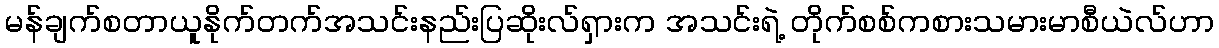
မန်ချက်စတာယူနိုက်တက်အသင်းနည်းပြဆိုးလ်ရှားက အသင်းရဲ့ တိုက်စစ်ကစားသမားမာစီယဲလ်ဟာ